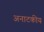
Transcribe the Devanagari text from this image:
अनाटकीय